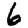
Digit: 6